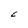
Character: C